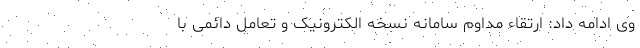
وی ادامه داد: ارتقاء مداوم سامانه نسخه الکترونیک و تعامل دائمی با